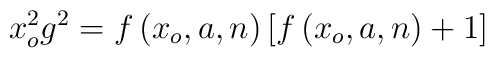
x_o^2g^2=f\left( x_o,a,n\right) \left[ f\left( x_o,a,n\right) +1\right]